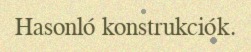
Hasonló konstrukciók.